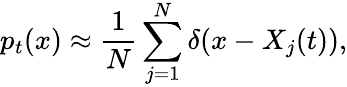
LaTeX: p_{t}(x)\approx\frac{1}{N}\sum_{j=1}^{N}\delta(x-X_{j}(t)),